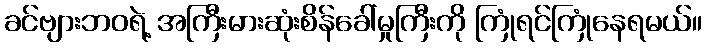
ခင်ဗျားဘဝရဲ့ အကြီးမားဆုံးစိန်ခေါ်မှုကြီးကို ကြုံရင်ကြုံနေရမယ်။